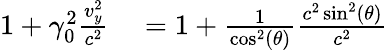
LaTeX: \begin{array}{rl}{1+\gamma_{0}^{2}\frac{v_{y}^{2}}{c^{2}}}&{{}=1+\frac{1}{\cos^{2}(\theta)}\frac{c^{2}\sin^{2}(\theta)}{c^{2}}}\end{array}